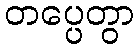
တပ္ပေတွာ